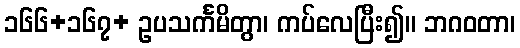
၁၆၆+၁၆၇+ ဥပသင်္ကမိတွာ၊ ကပ်လေပြီး၍။ ဘဂဝတာ၊